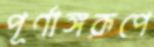
পূর্ণাঙ্গরূপে